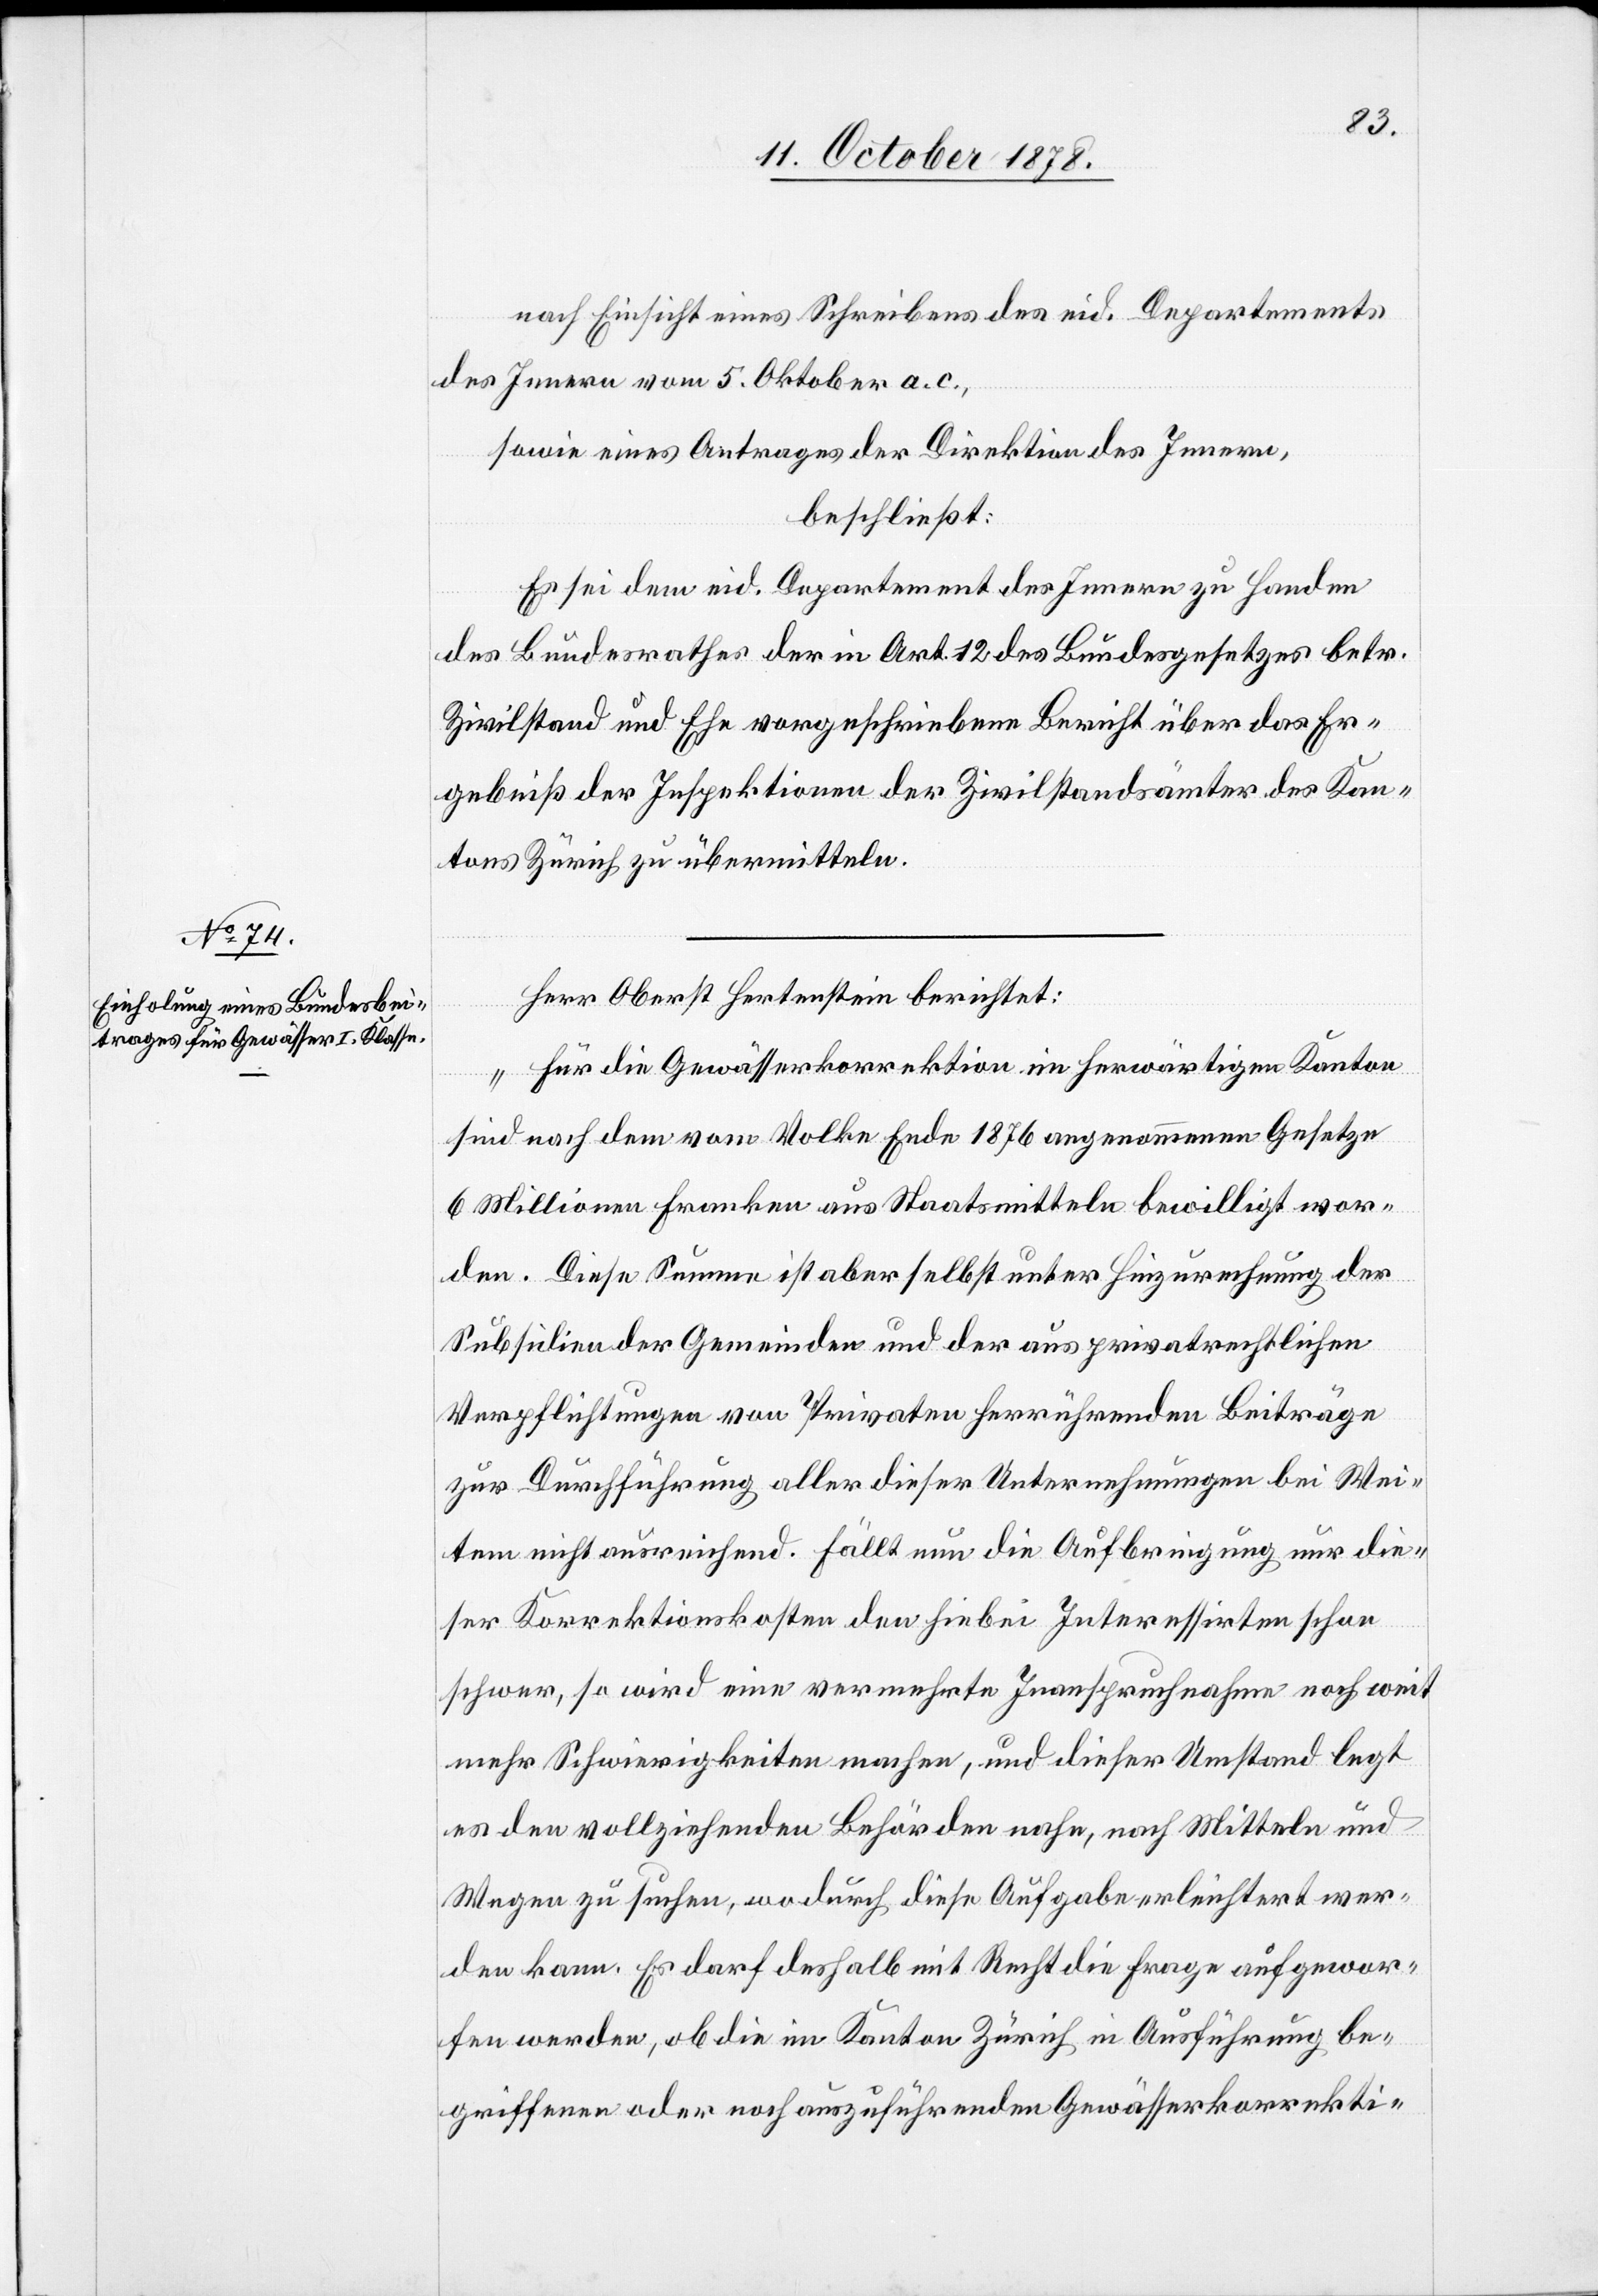
nach Einsicht eines Schreibens des eid. Departements
des Innern vom 5. Oktober a. c.,
sowie eines Antrages der Direktion des Innern,
beschließt:
Es sei dem eid. Departement des Innern zu Handen
des Bundesrathes der in Art. 72 des Bundesgesetzes betr.
Zivilstand und Ehe vorgeschriebene Bericht über das Er¬
gebniß der Inspektionen der Zivilstandsämter des Kan¬
tons Zürich zu übermitteln.
Herr Oberst Hertenstein berichtet:
„Für die Gewässerkorrektion im herwärtigen Kanton
sind nach dem vom Volke Ende 1876 angenommenen Gesetze
6 Millionen Franken aus Staatsmitteln bewilligt wor¬
den. Diese Summe ist aber selbst unter Hinzurechnung der
Subsidien der Gemeinde und der aus privatrechtlichen
Verpflichtungen von Privaten herrührenden Beiträge
zur Durchführung aller dieser Unternehmungen bei Wei¬
tem nicht ausreichend. Fällt nun die Aufbringung nur die¬
ser Korrektionskosten den hiebei Interessirten schon
schwer, so wird eine vermehrte Inanspruchnahme noch weit
mehr Schwierigkeiten machen, und dieser Umstand legt
es den vollziehenden Behörden nahe, nach Mitteln und
Wegen zu suchen, wodurch diese Aufgabe erleichtert wer¬
den kann. Es darf deshalb mit Recht die Frage aufgewor¬
fen werden, ob die im Kanton Zürich in Ausführung be¬
griffene oder noch auszuführenden Gewässerkorrekti-